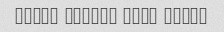
mesle hmishe awli mmnon